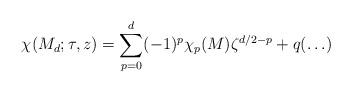
LaTeX: \begin{align*}\chi(M_d;\tau,z)=\sum_{p=0}^{d}(-1)^p\chi_p(M)\zeta^{d/2-p}+q(\ldots)\end{align*}